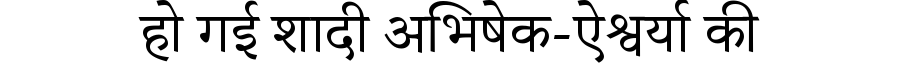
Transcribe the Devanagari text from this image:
हो गई शादी अभिषेक-ऐश्वर्या की